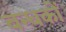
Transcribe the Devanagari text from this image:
बन्धकों